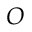
O